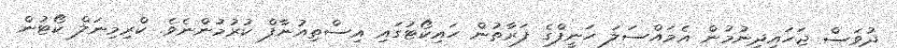
ދުވަސް ޖަހައިދިނުމުން އެމައްސަލަ ހަނީފްގެ ފަރާތުން ހައިކޯޓުގައި އިސްތިއުނާފް ކުރުމުންނެވެ. ކްރިމިނަލް ކޯޓުން